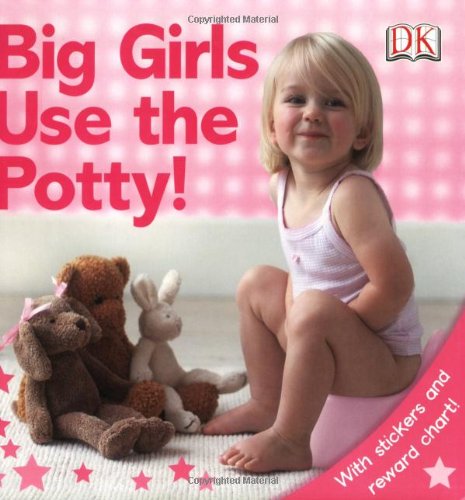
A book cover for Big Girls Use the Potty!; DK Publishing; Children's Books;